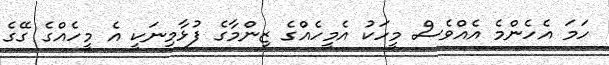
ހަމަ އެހެންމެ އެއްވެސް މީހަކު އެމީހެއްގެ ޒިންމާގެ ފުޅާމިނަކީ އެ މީހެއްގެ ގޭގެ